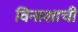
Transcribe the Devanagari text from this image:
विनाशाची